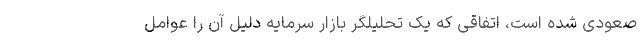
صعودی شده است، اتفاقی که یک تحلیلگر بازار سرمایه دلیل آن را عوامل